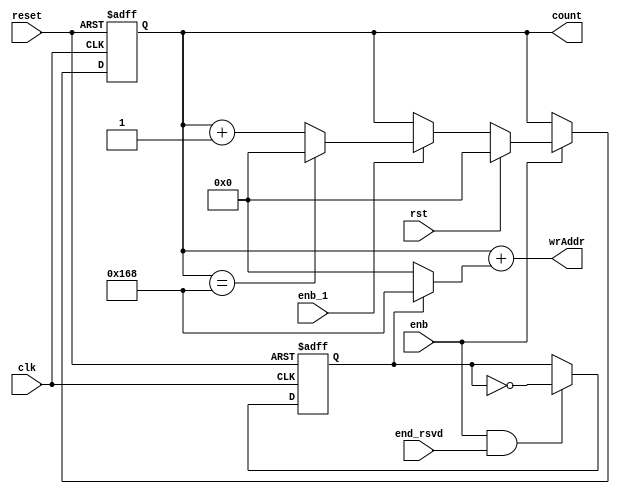
// -------------------------------------------------------------
// 
// 
// Generated by MATLAB 9.13 and HDL Coder 4.0
// 
// -------------------------------------------------------------


// -------------------------------------------------------------
// 
// Module: whdlOFDMTx_Generate_Write_Address
// Source Path: whdlOFDMTx/Frame Generator/Data/Data Chain/Symbol Interleaver/Interleaver/Write Logic/Generate Write 
// Addres
// Hierarchy Level: 8
// 
// -------------------------------------------------------------

`timescale 1 ns / 1 ns

module whdlOFDMTx_Generate_Write_Address
          (clk,
           reset,
           enb,
           rst,
           enb_1,
           end_rsvd,
           wrAddr,
           count);


  input   clk;
  input   reset;
  input   enb;
  input   rst;
  input   enb_1;
  input   end_rsvd;
  output  [9:0] wrAddr;  // ufix10
  output  [8:0] count;  // ufix9


  wire [8:0] count_step;  // ufix9
  wire [8:0] count_from;  // ufix9
  wire [8:0] count_reset;  // ufix9
  reg [8:0] currentAddr;  // ufix9
  wire [8:0] count_1;  // ufix9
  wire need_to_wrap;
  wire [8:0] count_value;  // ufix9
  wire [8:0] count_2;  // ufix9
  wire [8:0] count_3;  // ufix9
  reg  Unit_Delay_Enabled_Synchronous2_out1;
  wire Logical_Operator7_out1;
  wire [8:0] Constant_out1;  // ufix9
  wire [8:0] Constant4_out1;  // ufix9
  wire [8:0] baseAddr;  // ufix9
  wire [9:0] Add_1;  // ufix10
  wire [9:0] Add_2;  // ufix10
  wire [9:0] Add_out1;  // ufix10


  // Count limited, Unsigned Counter
  //  initial value   = 0
  //  step value      = 1
  //  count to value  = 360
  assign count_step = 9'b000000001;



  assign count_from = 9'b000000000;



  assign count_reset = 9'b000000000;



  assign count_1 = currentAddr + count_step;



  assign need_to_wrap = currentAddr == 9'b101101000;



  assign count_value = (need_to_wrap == 1'b0 ? count_1 :
              count_from);



  assign count_2 = (enb_1 == 1'b0 ? currentAddr :
              count_value);



  assign count_3 = (rst == 1'b0 ? count_2 :
              count_reset);



  always @(posedge clk or posedge reset)
    begin : HDL_Counter_process
      if (reset == 1'b1) begin
        currentAddr <= 9'b000000000;
      end
      else begin
        if (enb) begin
          currentAddr <= count_3;
        end
      end
    end



  assign Logical_Operator7_out1 =  ~ Unit_Delay_Enabled_Synchronous2_out1;



  always @(posedge clk or posedge reset)
    begin : Unit_Delay_Enabled_Synchronous2_process
      if (reset == 1'b1) begin
        Unit_Delay_Enabled_Synchronous2_out1 <= 1'b0;
      end
      else begin
        if (enb && end_rsvd) begin
          Unit_Delay_Enabled_Synchronous2_out1 <= Logical_Operator7_out1;
        end
      end
    end



  assign Constant_out1 = 9'b000000000;



  assign Constant4_out1 = 9'b101101000;



  assign baseAddr = (Unit_Delay_Enabled_Synchronous2_out1 == 1'b0 ? Constant_out1 :
              Constant4_out1);



  assign Add_1 = {1'b0, currentAddr};
  assign Add_2 = {1'b0, baseAddr};
  assign Add_out1 = Add_1 + Add_2;



  assign wrAddr = Add_out1;

  assign count = currentAddr;

endmodule  // whdlOFDMTx_Generate_Write_Address